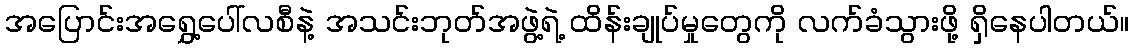
အပြောင်းအရွှေ့ပေါ်လစီနဲ့ အသင်းဘုတ်အဖွဲ့ရဲ့ ထိန်းချုပ်မှုတွေကို လက်ခံသွားဖို့ ရှိနေပါတယ်။